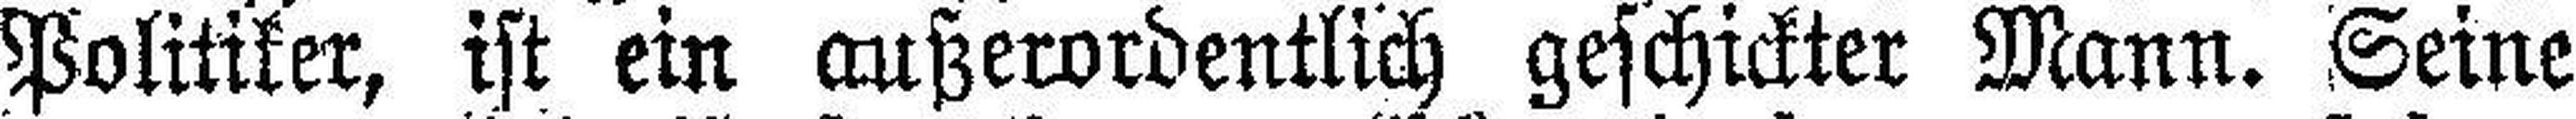
Politiker, ist ein außerordentlich geschickter Mann. Seine